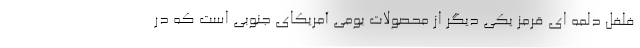
فلفل دلمه ای قرمز یکی دیگر از محصولات بومی آمریکای جنوبی است که در